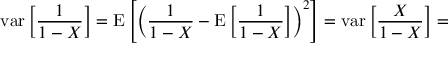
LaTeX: \operatorname { v a r } \left[ { \frac { 1 } { 1 - X } } \right] = \operatorname { E } \left[ \left( { \frac { 1 } { 1 - X } } - \operatorname { E } \left[ { \frac { 1 } { 1 - X } } \right] \right) ^ { 2 } \right] = \operatorname { v a r } \left[ { \frac { X } { 1 - X } } \right] =